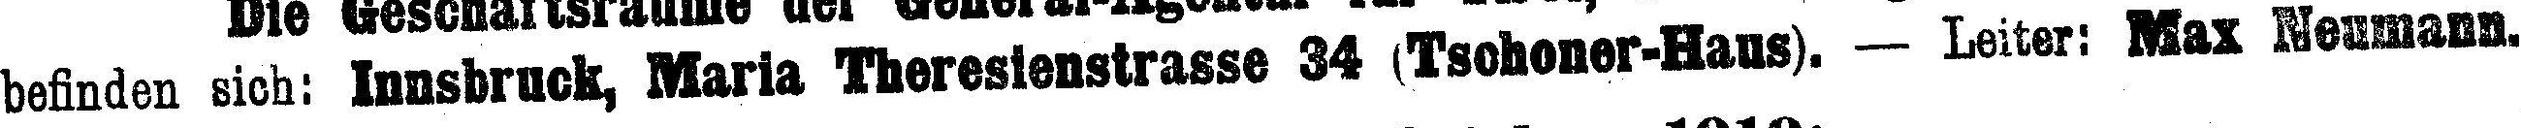
befinden sich: Innsbruck, Maria Theresienstrasse 34 (Tschoner-Haus). — Leiter: Max Neumann.